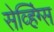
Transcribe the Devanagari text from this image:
सेव्हिंग्स